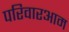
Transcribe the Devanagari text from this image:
परिवारआम